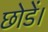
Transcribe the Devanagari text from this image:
छोडें।